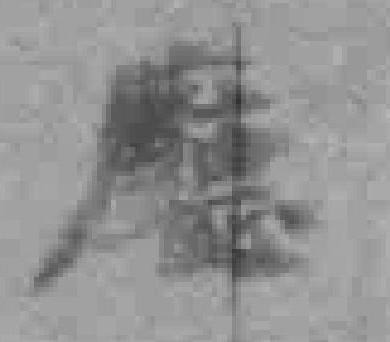
廰